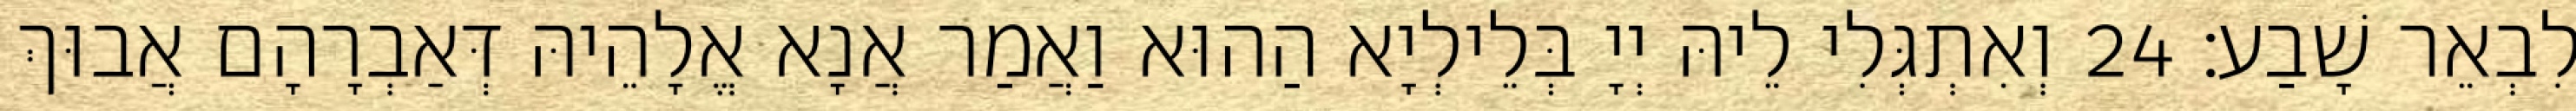
לִבְאֵר שָׁבַע׃ 24 וְאִתְגְּלִי לֵיהּ יְיָ בְּלֵילְיָא הַהוּא וַאֲמַר אֲנָא אֱלָהֵיהּ דְּאַבְרָהָם אֲבוּךְ